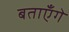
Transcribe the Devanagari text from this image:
बताएँगे